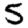
Digit: 5